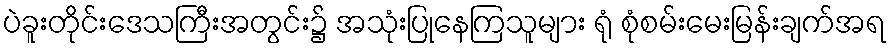
ပဲခူးတိုင်းဒေသကြီးအတွင်း၌ အသုံးပြုနေကြသူများ ရုံ စုံစမ်းမေးမြန်းချက်အရ